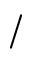
/